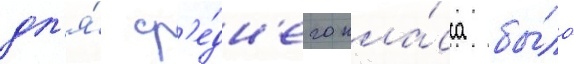
дл'я́ ср'е́дн'его кла́сса бы́ло